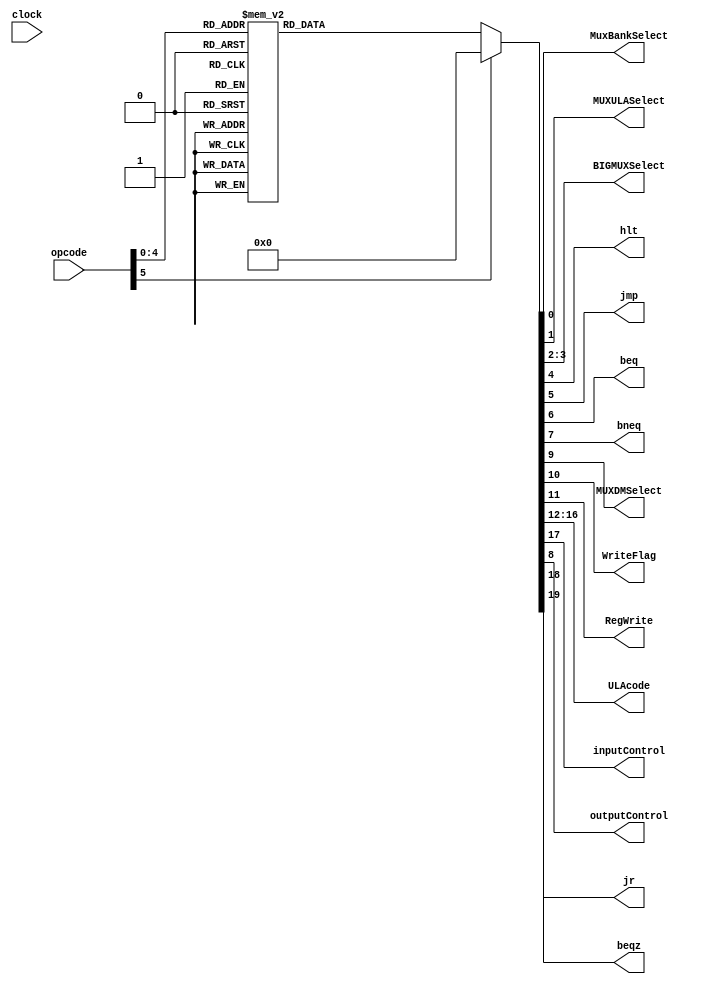
module ControlUnit(clock, opcode, MuxBankSelect, MUXULASelect, BIGMUXSelect, hlt, 
                   jmp, beq, bneq, MUXDMSelect, WriteFlag, RegWrite, ULAcode, inputControl, outputControl, jr, beqz);

	input clock;
	input [5:0] opcode;		
	output reg MuxBankSelect;			//pre-regbank mux 
	output reg MUXULASelect;			//pre-alu mux 
	output reg [1:0] BIGMUXSelect;		//big mux 
	output reg hlt, jmp, beq, bneq, jr, beqz;	//pc flags	
	output reg MUXDMSelect;			//post-data mem mux 
	output reg WriteFlag;				//datamem write flag
	output reg RegWrite;				//reg bank write mark
	output reg[4:0] ULAcode;		//alu opcode
	output reg inputControl;			//controle de input
	output reg outputControl;
	
	always @ (*) begin
	case(opcode[5:0])
	
	6'b000000: 
		begin //ADD 
		
				MuxBankSelect = 1'b1;
				MUXULASelect = 1'b0;
				BIGMUXSelect = 2'b00;
				hlt = 1'b0;
				jmp = 1'b0;
				beq = 1'b0;
				bneq = 1'b0;
				outputControl = 1'b0;
				MUXDMSelect = 1'b1;
				WriteFlag = 1'b0;
				RegWrite = 1'b1;
				ULAcode = 5'b00000; 
				inputControl = 1'b0;
				jr = 1'b0;
				beqz = 1'b0;
			end
				
			6'b000001: begin //SUB 
				MuxBankSelect = 1'b1;
				MUXULASelect = 1'b0 ;
				BIGMUXSelect = 2'b00;
				hlt = 1'b0;
				jmp = 1'b0;
				beq = 1'b0;
				bneq = 1'b0;
				outputControl = 1'b0;
				MUXDMSelect = 1'b1;
				WriteFlag = 1'b0;
				RegWrite = 1'b1;
				ULAcode = 5'b00001; 
				inputControl = 1'b0;
				jr = 1'b0;
				beqz = 1'b0;
			
			end
				
			6'b000010: begin //ADDI 
				MuxBankSelect = 1'b0;
				MUXULASelect = 1'b1;
				BIGMUXSelect = 2'b00;
				hlt = 1'b0;
				jmp = 1'b0;
				beq = 1'b0;
				bneq = 1'b0;
				outputControl = 1'b0; 
				MUXDMSelect = 1'b1;
				WriteFlag = 1'b0;
				RegWrite = 1'b1;
				ULAcode = 5'b00000; 
				inputControl = 1'b0;
				jr = 1'b0;
				beqz = 1'b0;
				end
				
			6'b000011: begin //SUBI 
				MuxBankSelect = 1'b0;
				MUXULASelect = 1'b1;
				BIGMUXSelect = 2'b00;
				hlt = 1'b0;
				jmp = 1'b0;
				beq = 1'b0;
				bneq = 1'b0;
				outputControl = 1'b0;
				MUXDMSelect = 1'b1;
				WriteFlag = 1'b0;
				RegWrite = 1'b1;
				ULAcode = 5'b00001; 
				inputControl = 1'b0;
				jr = 1'b0;
				beqz = 1'b0;
				end
				
			6'b000100: begin //MULT
				MuxBankSelect = 1'b1;
				MUXULASelect = 1'b0;
				BIGMUXSelect = 2'b00;
				hlt = 1'b0;
				jmp = 1'b0;
				beq = 1'b0;
				bneq = 1'b0;
				outputControl = 1'b0; 
				MUXDMSelect = 1'b1;
				WriteFlag = 1'b0;
				RegWrite = 1'b1;
				ULAcode = 5'b00101; 
				inputControl = 1'b0;
				jr = 1'b0;
				beqz = 1'b0;
				
				end
				
			6'b000101: begin //NOT 
				MuxBankSelect = 1'b1;
				MUXULASelect = 1'b0;
				BIGMUXSelect = 2'b00;
				hlt = 1'b0;
				jmp = 1'b0;
				beq = 1'b0;
				bneq = 1'b0;
				outputControl = 1'b0; 
				MUXDMSelect = 1'b1;
				WriteFlag = 1'b0;
				RegWrite = 1'b1;
				ULAcode = 5'b01001; 
				inputControl = 1'b0;
				jr = 1'b0;
				beqz = 1'b0;
				
				end
				
			6'b000110: begin //AND 
				MuxBankSelect = 1'b1;
				MUXULASelect = 1'b0;
				BIGMUXSelect = 2'b00;
				hlt = 1'b0;
				jmp = 1'b0;
				beq = 1'b0;
				bneq = 1'b0;
				outputControl = 1'b0; 
				MUXDMSelect = 1'b1;
				WriteFlag = 1'b0;
				RegWrite = 1'b1;
				ULAcode = 5'b01010; 
				inputControl = 1'b0;
				jr = 1'b0;
				beqz = 1'b0;
				
				end
				
			6'b000111: begin //OR 
				MuxBankSelect = 1'b1;
				MUXULASelect = 1'b0;
				BIGMUXSelect = 2'b00;
				hlt = 1'b0;
				jmp = 1'b0;
				beq = 1'b0;
				bneq = 1'b0;
				outputControl = 1'b0; 
				MUXDMSelect = 1'b1;
				WriteFlag = 1'b0;
				RegWrite = 1'b1;
				ULAcode = 5'b01011; 
				inputControl = 1'b0;
				jr = 1'b0;
				beqz = 1'b0;
				
				end
				
			6'b001000: begin //XOR 
				MuxBankSelect = 1'b1;
				MUXULASelect = 1'b0;
				BIGMUXSelect = 2'b00;
				hlt = 1'b0;
				jmp = 1'b0;
				beq = 1'b0;
				bneq = 1'b0;
				outputControl = 1'b0; 
				MUXDMSelect = 1'b1;
				WriteFlag = 1'b0;
				RegWrite = 1'b1;
				ULAcode = 5'b01100; 
				inputControl = 1'b0;
				jr = 1'b0;
				beqz = 1'b0;
				
				end
				
			6'b001001: begin //SLT 
				MuxBankSelect = 1'b1;
				MUXULASelect = 1'b0;
				BIGMUXSelect = 2'b00;
				hlt = 1'b0;
				jmp = 1'b0;
				beq = 1'b0;
				bneq = 1'b0;
				outputControl = 1'b0; 
				MUXDMSelect = 1'b1;
				WriteFlag = 1'b0;
				RegWrite = 1'b1;
				ULAcode = 5'b00100; 
				inputControl = 1'b0;
				jr = 1'b0;
				beqz = 1'b0;
				
				end
				
			6'b001010: begin //SHFL 
				MuxBankSelect = 1'b1;
				MUXULASelect = 1'b0;
				BIGMUXSelect = 2'b00;
				hlt = 1'b0;
				jmp = 1'b0;
				beq = 1'b0;
				bneq = 1'b0;
				outputControl = 1'b0; 
				MUXDMSelect = 1'b1;
				WriteFlag = 1'b0;
				RegWrite = 1'b1;
				ULAcode = 5'b00111; 
				inputControl = 1'b0;
				jr = 1'b0;
				beqz = 1'b0;
				
				end
				
			6'b001011: begin //SHFR 
				MuxBankSelect = 1'b1;
				MUXULASelect = 1'b0;
				BIGMUXSelect = 2'b00;
				hlt = 1'b0;
				jmp = 1'b0;
				beq = 1'b0;
				bneq = 1'b0;
				outputControl = 1'b0; 
				MUXDMSelect = 1'b1;
				WriteFlag = 1'b0;
				RegWrite = 1'b1;
				ULAcode = 5'b01000; 
				inputControl = 1'b0;
				jr = 1'b0;
				beqz = 1'b0;
				
				end
				
			6'b001100: begin //LW
				MuxBankSelect = 1'b0;
				MUXULASelect = 1'b1;
				BIGMUXSelect = 2'b00;
				hlt = 1'b0;
				jmp = 1'b0;
				beq = 1'b0;
				bneq = 1'b0;
				outputControl = 1'b0; 
				MUXDMSelect = 1'b0;
				WriteFlag = 1'b0;
				RegWrite = 1'b1;
				ULAcode = 5'b00000; 
				inputControl = 1'b0;
				jr = 1'b0;
				beqz = 1'b0;
			
			end
			
			6'b001101: begin //Li
				MuxBankSelect = 1'b0;
				MUXULASelect = 1'b1;
				BIGMUXSelect = 2'b00;
				hlt = 1'b0;
				jmp = 1'b0;
				beq = 1'b0;
				bneq = 1'b0;
				outputControl = 1'b0; 
				MUXDMSelect = 1'b1;
				WriteFlag = 1'b0;
				RegWrite = 1'b1;
				ULAcode = 5'b00000; 
				inputControl = 1'b0;
				jr = 1'b0;
				beqz = 1'b0;
				
			end
	
			
			6'b001110: begin //SW
				MuxBankSelect = 1'b0;
				MUXULASelect = 1'b1;
				BIGMUXSelect = 2'b00;
				hlt = 1'b0;
				jmp = 1'b0;
				beq = 1'b0;
				bneq = 1'b0;
				outputControl = 1'b0; 
				MUXDMSelect = 1'b0;
				WriteFlag = 1'b1;
				RegWrite = 1'b0;
				ULAcode = 5'b00000; 
				inputControl = 1'b0;
				jr = 1'b0;
				beqz = 1'b0;
			
			end
			
			6'b001111: begin //BEQ 
				MuxBankSelect = 1'b0;
				MUXULASelect = 1'b0;
				BIGMUXSelect = 2'b01;
				hlt = 1'b0;
				jmp = 1'b0;
				beq = 1'b1;
				bneq = 1'b0;
				MUXDMSelect = 1'b0;
				WriteFlag = 1'b0;
				RegWrite = 1'b0;
				ULAcode = 5'b01101; 
				inputControl = 1'b0;
				outputControl = 1'b0;
				jr = 1'b0;
				beqz = 1'b0;
				
				end
				
			6'b010000: begin //BNEQ 
				MuxBankSelect = 1'b0;
				MUXULASelect = 1'b0;
				BIGMUXSelect = 2'b01;
				hlt = 1'b0;
				jmp = 1'b0;
				beq = 1'b0;
				bneq = 1'b1;
				outputControl = 1'b0;
				MUXDMSelect = 1'b0;
				WriteFlag = 1'b0;
				RegWrite = 1'b0;
				ULAcode = 5'b10000; 
				inputControl = 1'b0;
				jr = 1'b0;
				beqz = 1'b0;
				
				end
				
			6'b010001: begin //BEQZ     ARRUMAR
				MuxBankSelect = 1'b0;
				MUXULASelect = 1'b0;
				BIGMUXSelect = 2'b01;
				hlt = 1'b0;
				jmp = 1'b0;
				beq = 1'b0;
				bneq = 1'b0;
				outputControl = 1'b0; 
				MUXDMSelect = 1'b0;
				WriteFlag = 1'b0;
				RegWrite = 1'b0;
				ULAcode = 5'b10001; 
				inputControl = 1'b0;
				jr = 1'b0;
				beqz = 1'b1;
				
			end	
						
			6'b010010: begin //JMP 
				MuxBankSelect = 1'b0;
				MUXULASelect = 1'b0;
				BIGMUXSelect = 2'b10;
				hlt = 1'b0;
				jmp = 1'b1;
				beq = 1'b0;
				bneq = 1'b0;
				outputControl = 1'b0; 
				MUXDMSelect = 1'b0;
				WriteFlag = 1'b0;
				RegWrite = 1'b0;
				ULAcode = 5'b00010; 
				inputControl = 1'b0;
				jr = 1'b0;
				beqz = 1'b0;
				
				end
				
			6'b010011: begin //JMPR 
					MuxBankSelect = 1'b0;
					MUXULASelect = 1'b0;
					BIGMUXSelect = 2'b11;
					hlt = 1'b0;
					jmp = 1'b1;
					beq = 1'b0;
					bneq = 1'b0;
					outputControl = 1'b0; 
					MUXDMSelect = 1'b0;
					WriteFlag = 1'b0;
					RegWrite = 1'b0;
					ULAcode = 5'b00000; 
					inputControl = 1'b0;
					jr = 1'b1;
				   beqz = 1'b0;
				end
				
			6'b010100: begin //NOP 
				MuxBankSelect = 1'b1;
				MUXULASelect = 1'b0;
				BIGMUXSelect = 2'b00;
				hlt = 1'b0;
				jmp = 1'b0;
				beq = 1'b0;
				bneq = 1'b0;
				outputControl = 1'b0; 
				MUXDMSelect = 1'b1;
				WriteFlag = 1'b0;
				RegWrite = 1'b1;
				ULAcode = 5'b00000; 
				inputControl = 1'b0;
				jr = 1'b0;
				beqz = 1'b0;
				end

			6'b010101: begin //IN 		
			
						MuxBankSelect = 1'b0;
						MUXULASelect = 1'b1;
						BIGMUXSelect = 2'b00;
						outputControl = 1'b0;
						hlt = 1'b0;
						jmp = 1'b0;
						beq = 1'b0;
						bneq = 1'b0;
						MUXDMSelect = 1'b1;
						WriteFlag = 1'b0;
						RegWrite = 1'b1;
						ULAcode = 5'b00000; 
						inputControl = 1'b1;
						jr = 1'b0;
				      beqz = 1'b0;
					
				end
			6'b010110: begin //OUT 

						MuxBankSelect = 1'b1;
						MUXULASelect = 1'b0;
						BIGMUXSelect = 2'b00;
						hlt = 1'b0;
						jmp = 1'b0;
						beq = 1'b0;
						bneq = 1'b0;
						outputControl = 1'b1; 
						MUXDMSelect = 1'b1;
						WriteFlag = 1'b0;
						RegWrite = 1'b0;
						ULAcode = 5'b00000; 
						inputControl = 1'b0;
						jr = 1'b0;
				      beqz = 1'b0;		
				end
				
			6'b010111: begin //HLT 
				MuxBankSelect = 1'b0;
				MUXULASelect = 1'b0;
				BIGMUXSelect = 2'b00;
				hlt = 1'b1;
				jmp = 1'b0;
				beq = 1'b0;
				bneq = 1'b0;
				MUXDMSelect = 1'b0;
				WriteFlag = 1'b0;
				RegWrite = 1'b0;
				ULAcode = 5'b00000; 	
				inputControl = 1'b0;
				outputControl = 1'b0;
				jr = 1'b0;
				beqz = 1'b0;
			end
			
			
			
			6'b011000: begin //MOVE  (add com i=0)
				MuxBankSelect = 1'b0;
				MUXULASelect = 1'b1;
				BIGMUXSelect = 2'b00;
				hlt = 1'b0;
				jmp = 1'b0;
				beq = 1'b0;
				bneq = 1'b0;
				outputControl = 1'b0; 
				MUXDMSelect = 1'b1;
				WriteFlag = 1'b0;
				RegWrite = 1'b1;
				ULAcode = 5'b00000; 
				inputControl = 1'b0;
				jr = 1'b0;
				beqz = 1'b0;
			end
			
			6'b011001: begin //DIV (mult com outra operacao em alu)
				MuxBankSelect = 1'b1;
				MUXULASelect = 1'b0;
				BIGMUXSelect = 2'b00;
				hlt = 1'b0;
				jmp = 1'b0;
				beq = 1'b0;
				bneq = 1'b0;
				outputControl = 1'b0; 
				MUXDMSelect = 1'b1;
				WriteFlag = 1'b0;
				RegWrite = 1'b1;
				ULAcode = 5'b10010; 
				inputControl = 1'b0;
				jr = 1'b0;
				beqz = 1'b0;
			end
			
			6'b011010: begin //MOD (add com outra operaao)
				MuxBankSelect = 1'b1;
				MUXULASelect = 1'b0;
				BIGMUXSelect = 2'b00;
				hlt = 1'b0;
				jmp = 1'b0;
				beq = 1'b0;
				bneq = 1'b0;
				outputControl = 1'b0;
				MUXDMSelect = 1'b1;
				WriteFlag = 1'b0;
				RegWrite = 1'b1;
				ULAcode = 5'b10011; 
				inputControl = 1'b0;
				jr = 1'b0;
				beqz = 1'b0;
			end
			
			6'b011011: begin //SGT (a > b) 
				MuxBankSelect = 1'b1;
				MUXULASelect = 1'b0;
				BIGMUXSelect = 2'b00;
				hlt = 1'b0;
				jmp = 1'b0;
				beq = 1'b0;
				bneq = 1'b0;
				outputControl = 1'b0; 
				MUXDMSelect = 1'b1;
				WriteFlag = 1'b0;
				RegWrite = 1'b1;
				ULAcode = 5'b00110; 
				inputControl = 1'b0;
				jr = 1'b0;
				beqz = 1'b0;
				
			end
			
			6'b011100: begin //SLE (a <= b) 
				MuxBankSelect = 1'b1;
				MUXULASelect = 1'b0;
				BIGMUXSelect = 2'b00;
				hlt = 1'b0;
				jmp = 1'b0;
				beq = 1'b0;
				bneq = 1'b0;
				outputControl = 1'b0; 
				MUXDMSelect = 1'b1;
				WriteFlag = 1'b0;
				RegWrite = 1'b1;
				ULAcode = 5'b01110; 
				inputControl = 1'b0;
				jr = 1'b0;
				beqz = 1'b0;
			end
		
			6'b011101: begin //SGE (a >= b) 
				MuxBankSelect = 1'b1;
				MUXULASelect = 1'b0;
				BIGMUXSelect = 2'b00;
				hlt = 1'b0;
				jmp = 1'b0;
				beq = 1'b0;
				bneq = 1'b0;
				outputControl = 1'b0; 
				MUXDMSelect = 1'b1;
				WriteFlag = 1'b0;
				RegWrite = 1'b1;
				ULAcode = 5'b01111; 
				inputControl = 1'b0;
				jr = 1'b0;
				beqz = 1'b0;
			end

			default: begin
				MuxBankSelect = 1'b0;
				MUXULASelect = 1'b0;
				BIGMUXSelect = 2'b00;
				hlt = 1'b0;
				jmp = 1'b0;
				beq = 1'b0;
				bneq = 1'b0; 
				MUXDMSelect = 1'b0;
				WriteFlag = 1'b0;
				RegWrite = 1'b0;
				ULAcode = 5'b00000; 
				inputControl = 1'b0;
				outputControl = 1'b0;
				jr = 1'b0;
				beqz = 1'b0;
			end	
		endcase
	end

endmodule